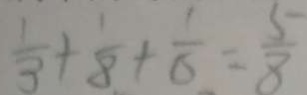
\frac { 1 } { 3 } + \frac { 1 } { 8 } + \frac { 1 } { 6 } = \frac { 5 } { 8 }